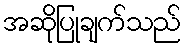
အဆိုပြုချက်သည်